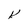
Character: V